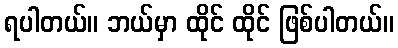
ရပါတယ်။ ဘယ်မှာ ထိုင် ထိုင် ဖြစ်ပါတယ်။